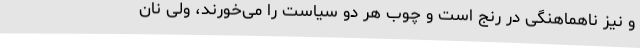
و نیز ناهماهنگی در رنج است و چوب هر دو سیاست را می‌خورند، ولی نان